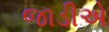
જાડીએ